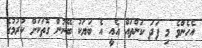
އެހެންވެ މި ފަދަ ކަންތައް އެއީ އެ ބަޔަކު ބޭނުން ގޮތަކަށް ކުރުމުގެ